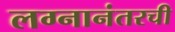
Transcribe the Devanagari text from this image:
लग्नानंतरची